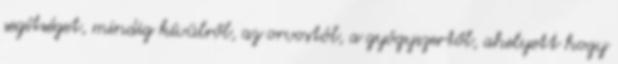
segítséget, mindig kívülről, az orvostól, a gyógyszertől, ahelyett hogy